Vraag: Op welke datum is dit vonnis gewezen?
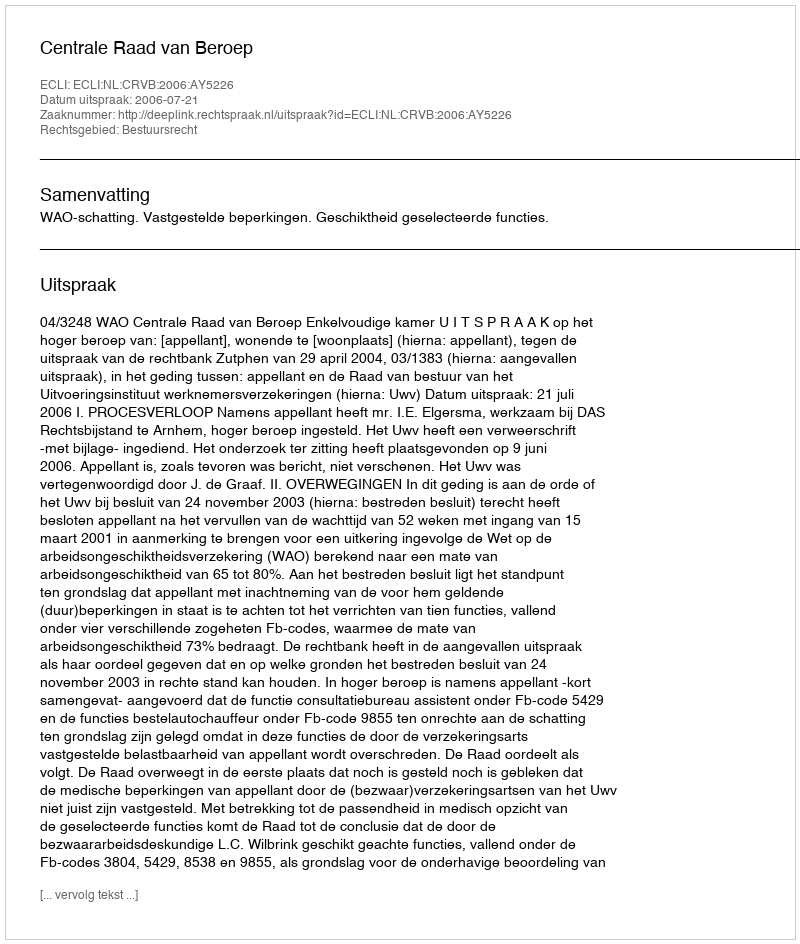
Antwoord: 2006-07-21